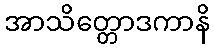
အာသိတ္တောဒကာနိ